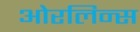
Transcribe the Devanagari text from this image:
ओरलिन्स